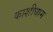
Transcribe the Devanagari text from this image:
काशीधाम